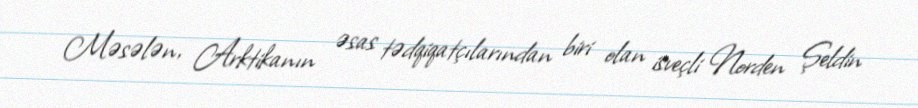
Məsələn, Arktikanın əsas tədqiqatçılarından biri olan isveçli Norden Şeldin